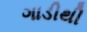
ગાડીથી